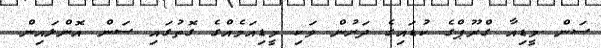
ސަން މީޑިއާ ގްރޫޕްގެ ކުޑައިގެ ދަށުން ވަކި މީޑިއަމެއްގެ ގޮތުގައި ސަން އޮންލައިން